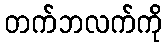
တက်ဘလက်ကို